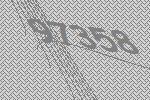
97358